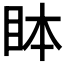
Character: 𬑊